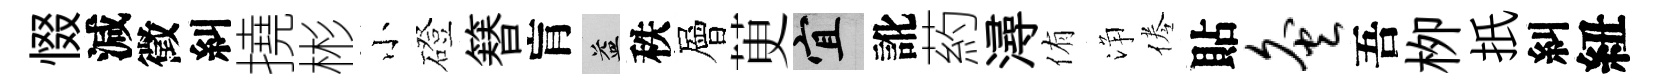
惙減徵糾撓彬小磴簮肓益秩層茰宜訛葯潯侑浄倦貼灸吾栁扺糾紐